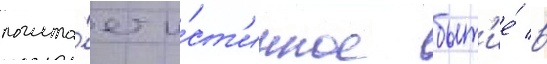
полага́ет и́ст'инное быт'ие́ в